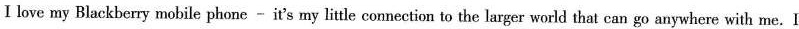
Ⅰlove my Blackberry mobile phone - it's my little connection to the larger world that can go anywhere with me.I